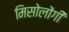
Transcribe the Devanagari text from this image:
मिसोलोंगी